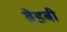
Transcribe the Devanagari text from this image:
ब्रैडबी